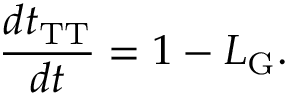
\frac { d t _ { \mathrm { T T } } } { d t } = 1 - L _ { \mathrm { G } } .